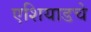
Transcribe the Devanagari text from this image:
एशियाडचे